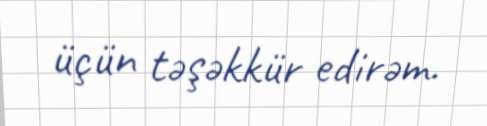
üçün təşəkkür edirəm.